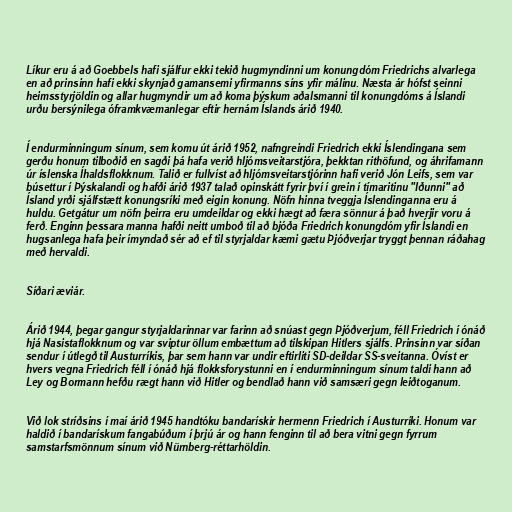
Líkur eru á að Goebbels hafi sjálfur ekki tekið hugmyndinni um konungdóm Friedrichs alvarlega
en að prinsinn hafi ekki skynjað gamansemi yfirmanns síns yfir málinu. Næsta ár hófst seinni
heimsstyrjöldin og allar hugmyndir um að koma þýskum aðalsmanni til konungdóms á Íslandi
urðu bersýnilega óframkvæmanlegar eftir hernám Íslands árið 1940.

Í endurminningum sínum, sem komu út árið 1952, nafngreindi Friedrich ekki Íslendingana sem
gerðu honum tilboðið en sagði þá hafa verið hljómsveitarstjóra, þekktan rithöfund, og áhrifamann
úr íslenska Íhaldsflokknum. Talið er fullvíst að hljómsveitarstjórinn hafi verið Jón Leifs, sem var
búsettur í Þýskalandi og hafði árið 1937 talað opinskátt fyrir því í grein í tímaritinu "Iðunni" að
Ísland yrði sjálfstætt konungsríki með eigin konung. Nöfn hinna tveggja Íslendinganna eru á
huldu. Getgátur um nöfn þeirra eru umdeildar og ekki hægt að færa sönnur á það hverjir voru á
ferð. Enginn þessara manna hafði neitt umboð til að bjóða Friedrich konungdóm yfir Íslandi en
hugsanlega hafa þeir ímyndað sér að ef til styrjaldar kæmi gætu Þjóðverjar tryggt þennan ráðahag
með hervaldi.

Síðari æviár.

Árið 1944, þegar gangur styrjaldarinnar var farinn að snúast gegn Þjóðverjum, féll Friedrich í ónáð
hjá Nasistaflokknum og var sviptur öllum embættum að tilskipan Hitlers sjálfs. Prinsinn var síðan
sendur í útlegð til Austurríkis, þar sem hann var undir eftirliti SD-deildar SS-sveitanna. Óvíst er
hvers vegna Friedrich féll í ónáð hjá flokksforystunni en í endurminningum sínum taldi hann að
Ley og Bormann hefðu rægt hann við Hitler og bendlað hann við samsæri gegn leiðtoganum.

Við lok stríðsins í maí árið 1945 handtóku bandarískir hermenn Friedrich í Austurríki. Honum var
haldið í bandarískum fangabúðum í þrjú ár og hann fenginn til að bera vitni gegn fyrrum
samstarfsmönnum sínum við Nürnberg-réttarhöldin.